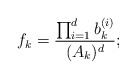
\begin{align*}f_k = \frac{\prod_{i = 1}^d b_k^{(i)}}{(A_k)^d};\end{align*}